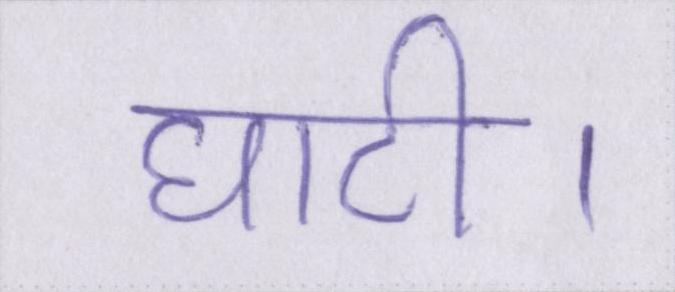
घाटी।